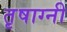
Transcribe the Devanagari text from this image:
तृषाग्नी